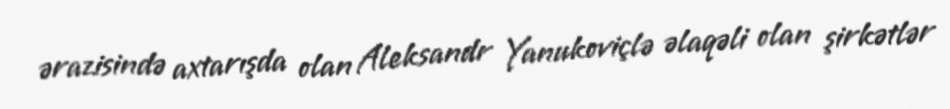
ərazisində axtarışda olan Aleksandr Yanukoviçlə əlaqəli olan şirkətlər